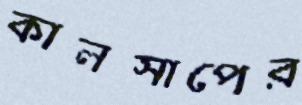
কালসাপের